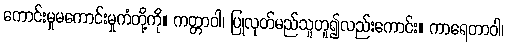
ကောင်းမှုမကောင်းမှုကံတို့ကို။ ကတ္တာဝါ၊ ပြုလုတ်မည်သူဟူ၍လည်းကောင်း။ ကာရေတာဝါ၊